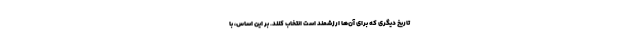
تاریخ دیگری که برای آن‌ها ارزشمند است انتخاب کنند. بر این اساس، با